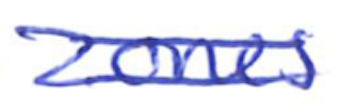
Text: zones
Cross-out: double-line
Writing tool: ballpoint